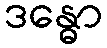
ဒန္ဓော